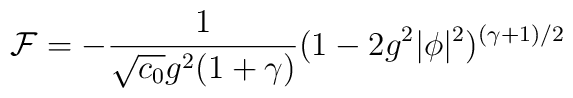
{\cal F}=-{1\over \sqrt{c_0} g^2 (1+\gamma)}(1-2g^2|\phi|^2)^{(\gamma+1)/2}